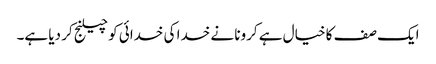
ایک صف کا خیال ہے کرونا نے خدا کی خدائی کو چیلنج کر دیا ہے۔